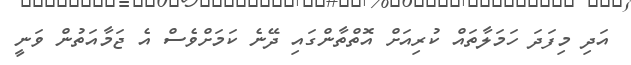
އަދި މިފަދަ ހަމަލާތައް ކުރިއަށް އޮތްތާންގައި ދޭނެ ކަމަށްވެސް އެ ޖަމާއަތުން ވަނީ